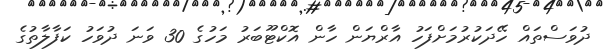
ދުވަސްތައް ހޭދަކުރުމަށްފަހު އާރްޔަން ހާން އޮކްޓޫބަރު މަހުގެ 30 ވަނަ ދުވަހު ކަފާލާތުގެ